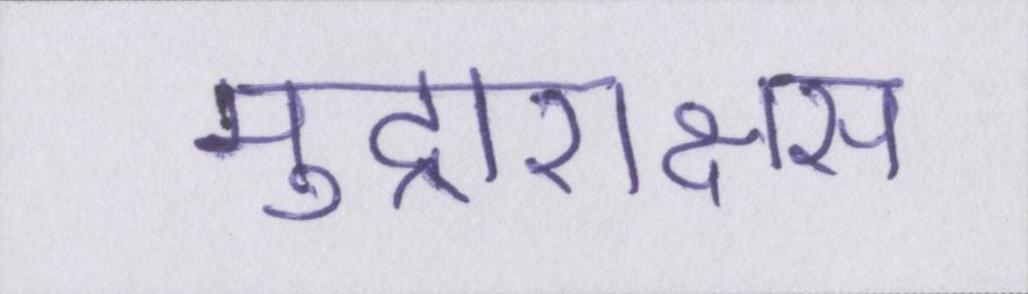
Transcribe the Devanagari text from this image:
मुद्राराक्षस